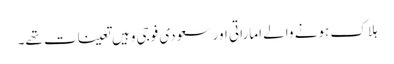
ہلاک ہونے والے اماراتی اور سعودی فوجی وہیں تعینات تھے۔